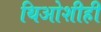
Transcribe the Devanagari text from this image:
थिओशीही